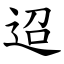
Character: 迢